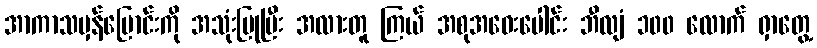
အာကာသမှန်ပြောင်းကို အသုံးပြုပြီး အလားတူ ကြယ် အစုအဝေးပေါင်း ဘီလျံ ၁၀၀ လောက် ရှာတွေ့